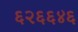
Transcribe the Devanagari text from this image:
६२६६४६